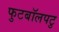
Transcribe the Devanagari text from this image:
फुटबॉलपटु